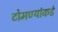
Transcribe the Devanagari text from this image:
टोमण्यांकडे